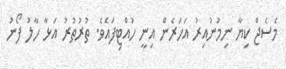
މެސެޖް ކިޔާ ނިމުނުއިރު އަހަރެން އިނީ ހުއްޓިފައެވެ. ތުރުތުރު އަޅާ ހާލު ފޯނު